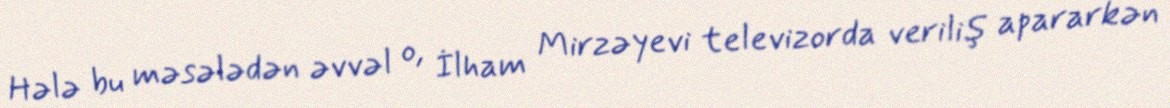
Hələ bu məsələdən əvvəl o, İlham Mirzəyevi televizorda veriliş apararkən